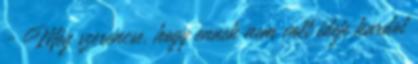
- Még szerencse, hogy ennek nem volt ideje kardot